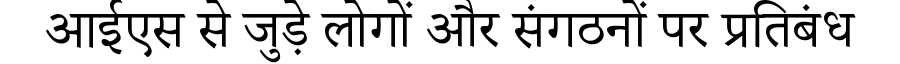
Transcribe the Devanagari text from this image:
आईएस से जुड़े लोगों और संगठनों पर प्रतिबंध